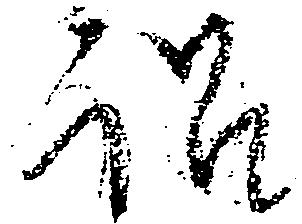
訟